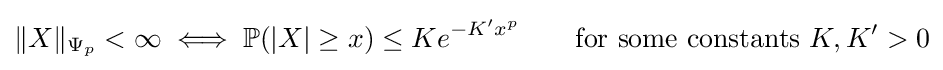
\|X\|_{\Psi _{p}}<\infty \iff {\mathbb {P}}(|X|\geq x)\leq Ke^{-K'x^{p}}\qquad {\rm {for\ some\ constants\ }}K,K'>0